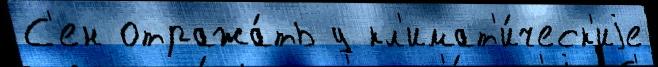
С'ен отража́ть у кл'имат'и́ческ'иjе